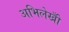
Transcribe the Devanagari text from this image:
अभिलेखोँ